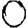
Digit: 0